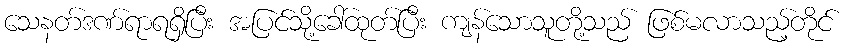
သေနတ်ဒဏ်ရာရရှိပြီး အပြင်သို့ခေါ်ထုတ်ပြီး ကျန်သောသူတို့သည် ဖြစ်မလာသည့်တိုင်